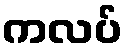
ကလပ်